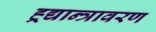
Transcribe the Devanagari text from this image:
ह्र्द्यान्त्रावरण